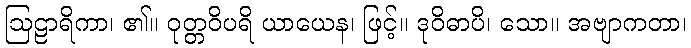
ဩဠာရိကာ၊ ၏။ ဝုတ္တဝိပရိ ယာယေန၊ ဖြင့်။ ဒုဝိဓာပိ၊ သော။ အဗျာကတာ၊